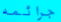
جرائمه